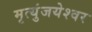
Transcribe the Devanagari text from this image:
मृत्युंजयेश्वर